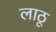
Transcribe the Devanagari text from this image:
लाठू